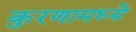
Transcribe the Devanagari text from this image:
कुरणामध्ये